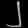
Digit: ၂